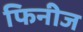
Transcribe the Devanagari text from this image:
फिनीज